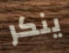
ينكر